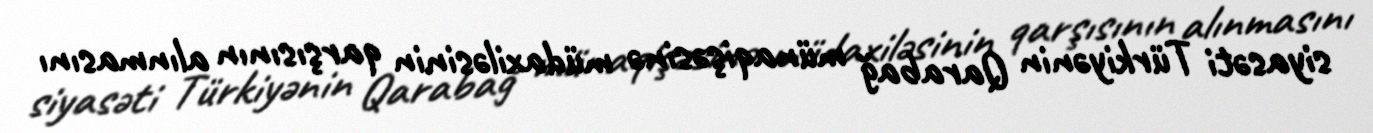
siyasəti Türkiyənin Qarabağ münaqişəsinə müdaxiləsinin qarşısının alınmasını